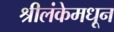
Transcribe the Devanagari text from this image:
श्रीलंकेमधून